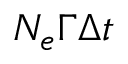
N _ { e } \Gamma \Delta t